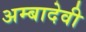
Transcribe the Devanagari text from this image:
अम्बादेवी